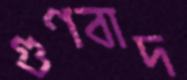
গুণবাদ